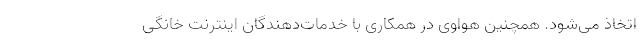
اتخاذ می‌شود. همچنین هواوی در همکاری با خدمات‌دهندگان اینترنت خانگی